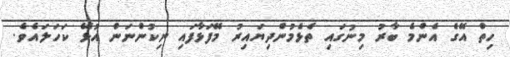
ހިތް އޭގެ އެންމެ ބާރު މިނުގައި ތެޅެމުންދިޔައިރު މޭފަޅާފައި ނިކުންނަން އުޅޭ ކަހަލައެވެ.